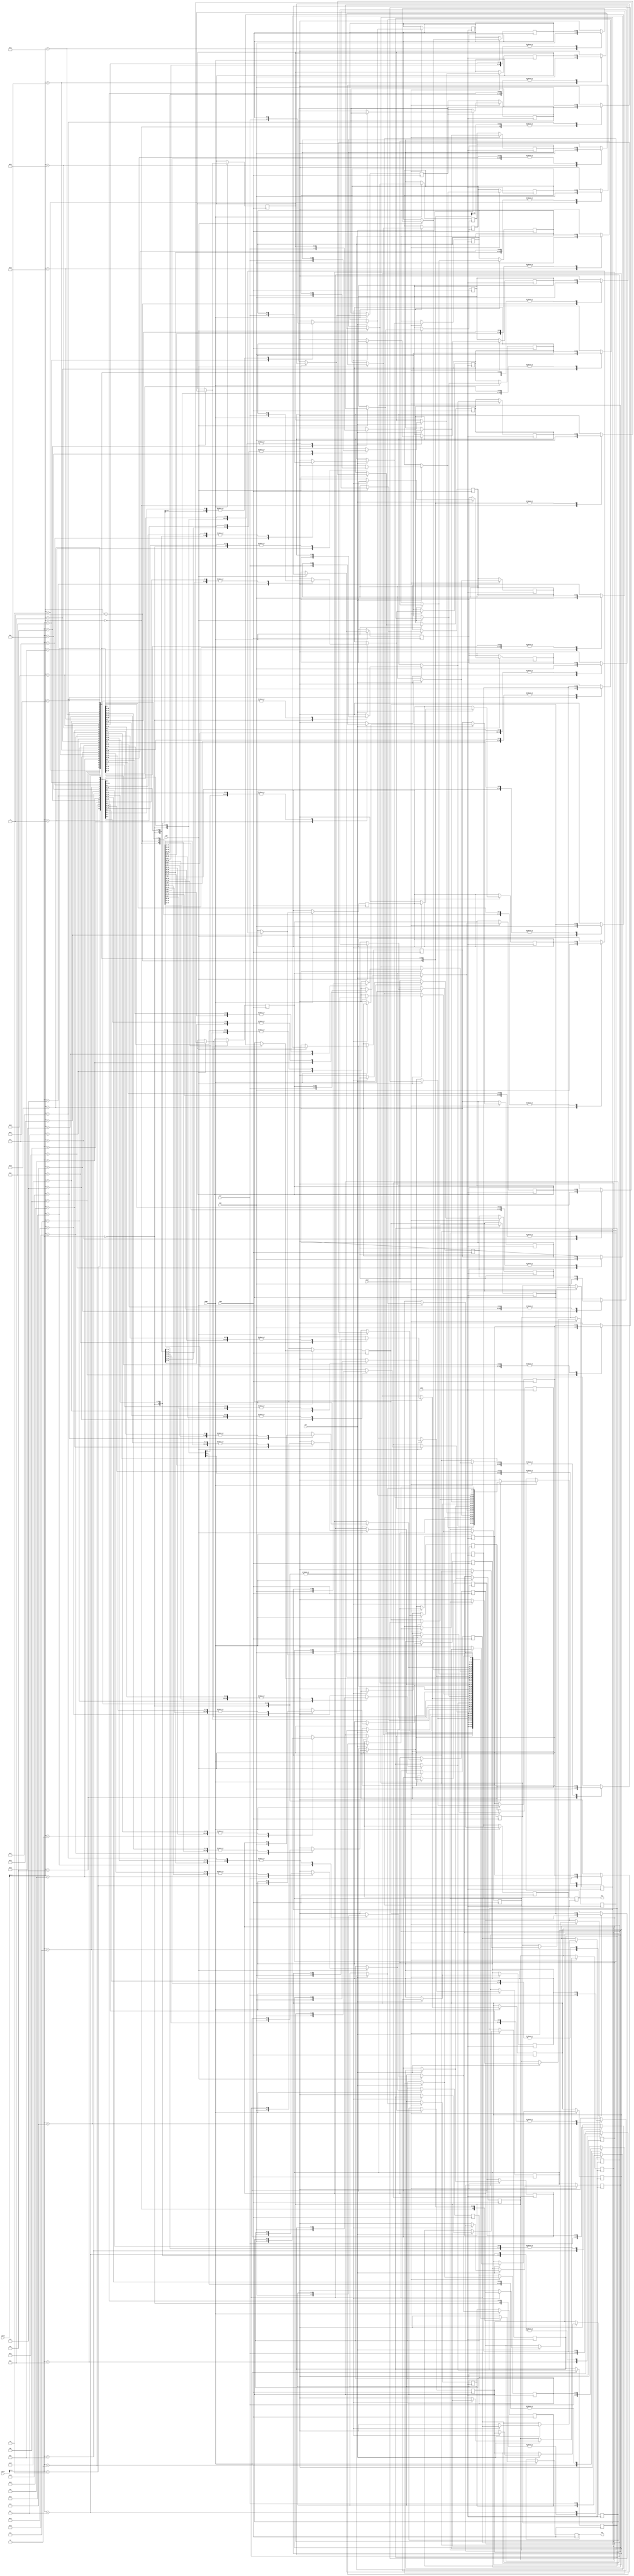
// Asymmetric port RAM - TDP
// WRITE_FIRST MODE.
// asym_ram_tdp_write_first.v


module asym_ram_tdp_write_first (clkA, clkB, enaA, weA, enaB, weB, addrA, addrB, diA, doA, diB, doB);
parameter WIDTHB = 4;
//Default parameters were changed because of slow test
//parameter SIZEB = 1024;
//parameter ADDRWIDTHB = 10;
parameter SIZEB = 32;
parameter ADDRWIDTHB = 8;

//parameter WIDTHA = 16;
parameter WIDTHA = 4;
//parameter SIZEA = 256;
parameter SIZEA = 32;
parameter ADDRWIDTHA = 8;
input clkA;
input clkB;
input weA, weB;
input enaA, enaB;

input [ADDRWIDTHA-1:0] addrA;
input [ADDRWIDTHB-1:0] addrB;
input [WIDTHA-1:0] diA;
input [WIDTHB-1:0] diB;

output [WIDTHA-1:0] doA;
output [WIDTHB-1:0] doB;

`define max(a,b) {(a) > (b) ? (a) : (b)}
`define min(a,b) {(a) < (b) ? (a) : (b)}

function integer log2;
input integer value;
reg [31:0] shifted;
integer res;
begin
 if (value < 2)
  log2 = value;
 else
 begin
  shifted = value-1;
  for (res=0; shifted>0; res=res+1)
   shifted = shifted>>1;
  log2 = res;
 end
end
endfunction

localparam maxSIZE = `max(SIZEA, SIZEB);
localparam maxWIDTH = `max(WIDTHA, WIDTHB);
localparam minWIDTH = `min(WIDTHA, WIDTHB);

localparam RATIO = maxWIDTH / minWIDTH;
localparam log2RATIO = log2(RATIO);

reg [minWIDTH-1:0] RAM [0:maxSIZE-1];
reg [WIDTHA-1:0] readA;
reg [WIDTHB-1:0] readB;

always @(posedge clkB)
begin
 if (enaB) begin
  if (weB)
   RAM[addrB] = diB;
  readB = RAM[addrB] ;
 end
end


always @(posedge clkA)
begin : portA
 integer i;
 reg [log2RATIO-1:0] lsbaddr ;
  for (i=0; i< RATIO; i= i+ 1) begin
   lsbaddr = i;
   if (enaA) begin

   if (weA)
    RAM[{addrA, lsbaddr}] = diA[(i+1)*minWIDTH-1 -: minWIDTH];

   readA[(i+1)*minWIDTH -1 -: minWIDTH] = RAM[{addrA, lsbaddr}];
  end
 end
end

assign doA = readA;
assign doB = readB;

endmodule